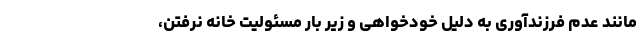
مانند عدم فرزندآوری به دلیل خودخواهی و زیر بار مسئولیت خانه نرفتن،